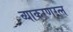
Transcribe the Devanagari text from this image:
व्याकरणरत्न